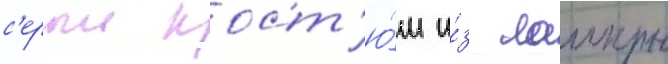
с'ерыи кост'ю́м и́з лаикры